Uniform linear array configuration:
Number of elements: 32
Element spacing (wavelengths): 0.5
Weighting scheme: kaiser
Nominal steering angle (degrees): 0
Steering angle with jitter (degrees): -1.448
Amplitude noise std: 0.05
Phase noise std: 0.05

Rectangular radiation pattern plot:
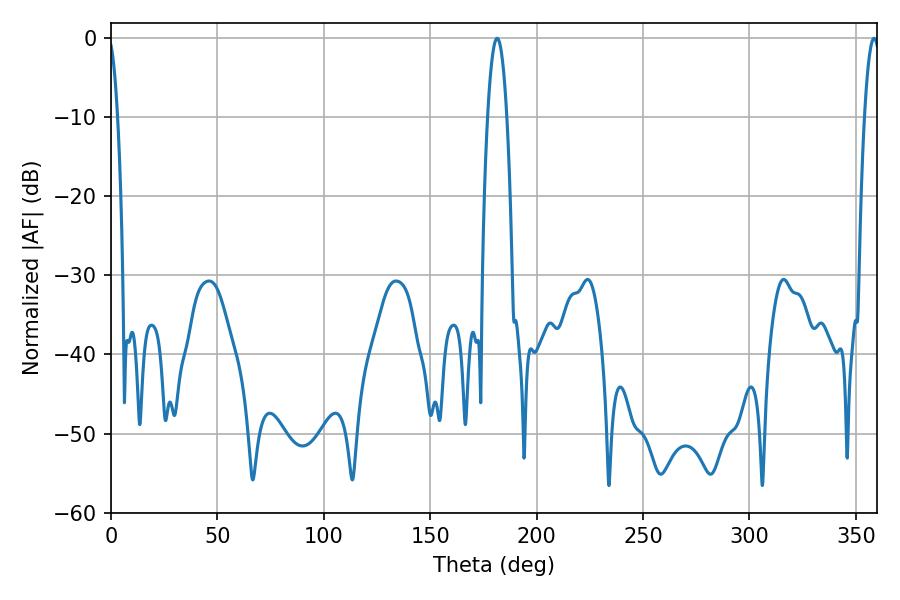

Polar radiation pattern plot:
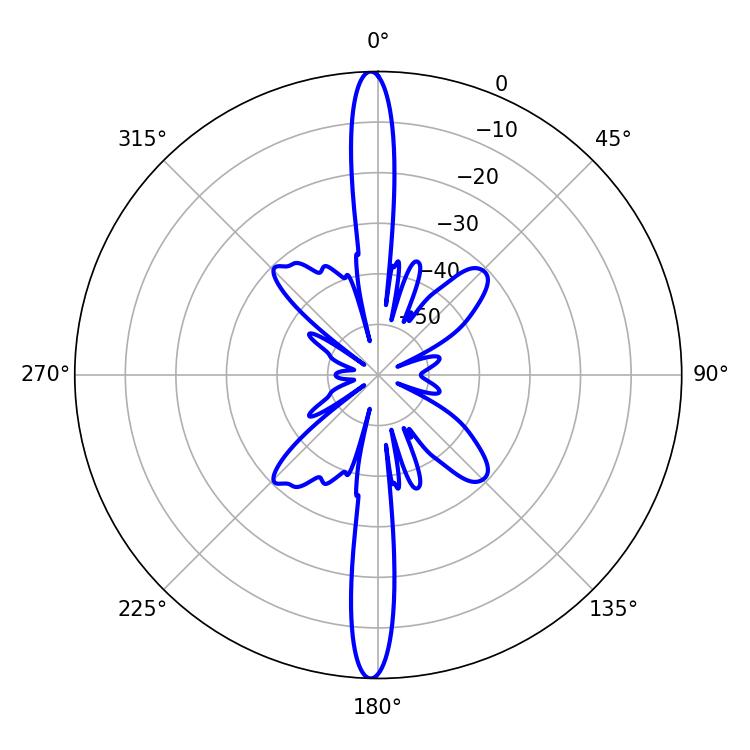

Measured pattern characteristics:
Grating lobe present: FALSE
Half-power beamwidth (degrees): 5.04
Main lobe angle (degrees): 181.44